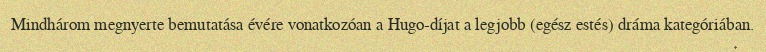
Mindhárom megnyerte bemutatása évére vonatkozóan a Hugo-díjat a legjobb (egész estés) dráma kategóriában.